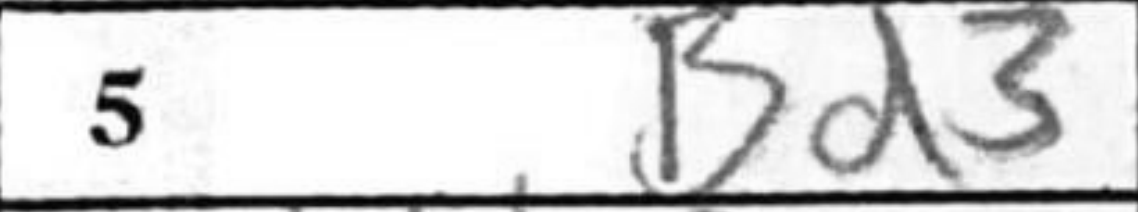
Transcription: Bd3